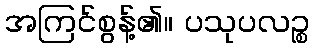
အကြင်စွန့်၏။ ပသုပလဉ္စ